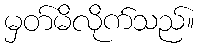
မှတ်မိလိုက်သည်။